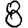
Digit: 8